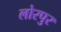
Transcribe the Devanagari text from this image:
लोरपुर